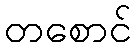
တစောင်